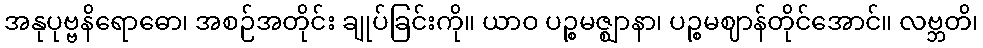
အနုပုဗ္ဗနိရောဓော၊ အစဉ်အတိုင်း ချုပ်ခြင်းကို။ ယာဝ ပဉ္စမဇ္ဈာနာ၊ ပဉ္စမဈာန်တိုင်အောင်။ လဗ္ဘတိ၊